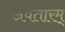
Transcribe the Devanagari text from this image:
अवतारम्